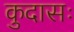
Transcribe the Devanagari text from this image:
कुदासः